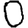
Digit: 0